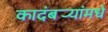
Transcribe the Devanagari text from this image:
कादंबर्‍यांमधे